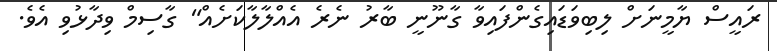
ރައީސް ޔާމީނަށް ލިބިވަޑައިގެންފައިވާ ގާނޫނީ ބާރު ނެރެ އެއްލާލާކަަށެއް" ގާސިމް ވިދާޅުވި އެވެ.